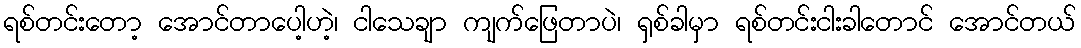
ရစ်တင်းတော့ အောင်တာပေါ့ဟဲ့၊ ငါသေချာ ကျက်ဖြေတာပဲ၊ ရှစ်ခါမှာ ရစ်တင်းငါးခါတောင် အောင်တယ်